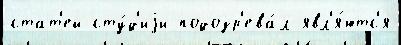
стат'ей сту́д'иjи подозр'ева́л явл'я́ютс'я